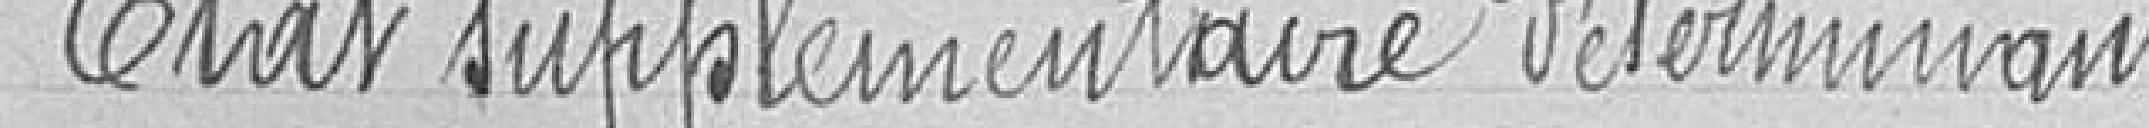
Etat supplémentaire déterminant